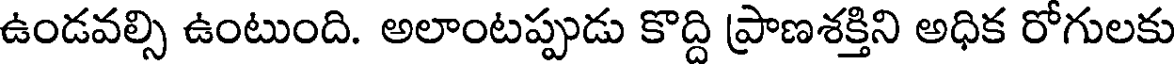
ఉండవల్సి ఉంటుంది. అలాంటప్పుడు కొద్ది ప్రాణశక్తిని అధిక రోగులకు